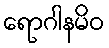
ရောဂါနမိဝ